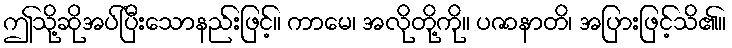
ဤသို့ဆိုအပ်ပြီးသောနည်းဖြင့်။ ကာမေ၊ အလိုတို့ကို။ ပဇာနာတိ၊ အပြားဖြင့်သိ၏။